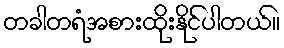
တခါတရံအစားထိုးနိုင်ပါတယ်။